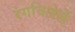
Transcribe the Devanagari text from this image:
रंगविलेलें